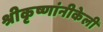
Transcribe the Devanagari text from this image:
श्रीकृष्णांनीकेली